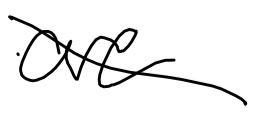
Text: are
Cross-out: diagonal
Writing tool: digital_black